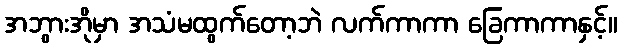
အဘွားအိုမှာ အသံမထွက်တော့ဘဲ လက်ကာကာ ခြေကာကာနှင့်။